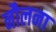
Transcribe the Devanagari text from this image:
नौलना